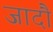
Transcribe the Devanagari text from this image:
जादौ